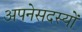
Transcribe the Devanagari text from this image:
अपनेसदस्यों